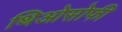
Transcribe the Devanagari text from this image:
थिओसोफी